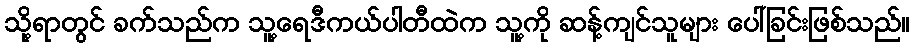
သို့ရာတွင် ခက်သည်က သူ့ရေဒီကယ်ပါတီထဲက သူ့ကို ဆန့်ကျင်သူများ ပေါ်ခြင်းဖြစ်သည်။